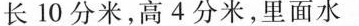
长10分米，高4分米，里面水